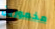
مخمورين